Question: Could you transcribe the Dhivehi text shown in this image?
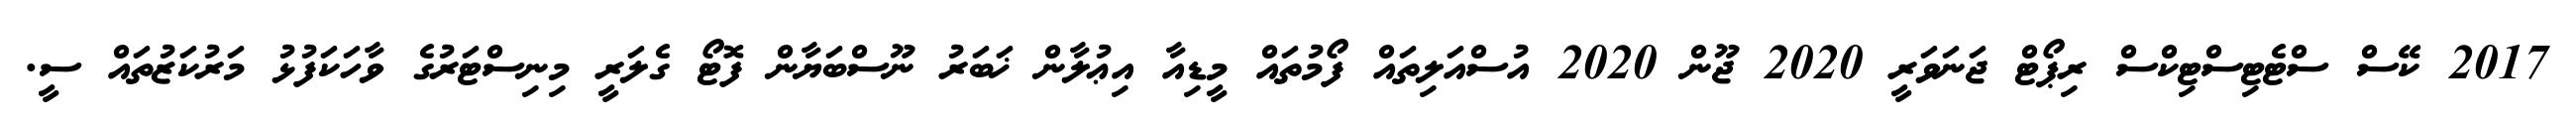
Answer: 2017 ކޭސް ސްޓެޓިސްޓިކްސް ރިޕޯޓް ޖަނަވަރީ 2020 ޖޫން 2020 އުސްއަލިތައް ފޯމުތައް މީޑިއާ އިޢުލާން ޚަބަރު ނޫސްބަޔާން ފޮޓޯ ގެލަރީ މިނިސްޓަރުގެ ވާހަކަފުޅު މަރުކަޒުތައް ސީ.